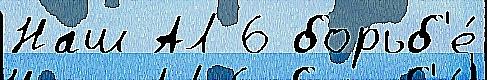
Наш АЛ 6 борьб'е́